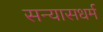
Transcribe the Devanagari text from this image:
सन्यासधर्म